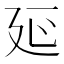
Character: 𭚒